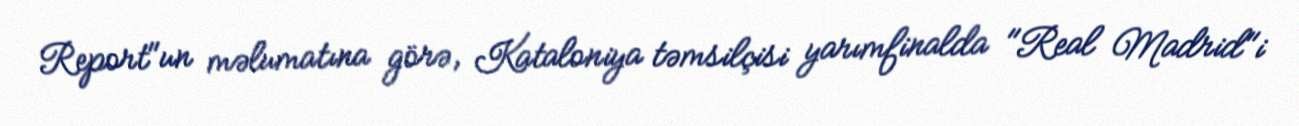
Report"un məlumatına görə, Kataloniya təmsilçisi yarımfinalda "Real Madrid"i